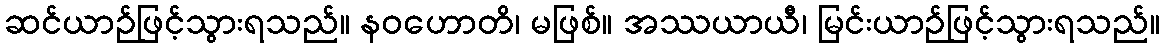
ဆင်ယာဉ်ဖြင့်သွားရသည်။ နဝဟောတိ၊ မဖြစ်။ အဿယာယီ၊ မြင်းယာဉ်ဖြင့်သွားရသည်။